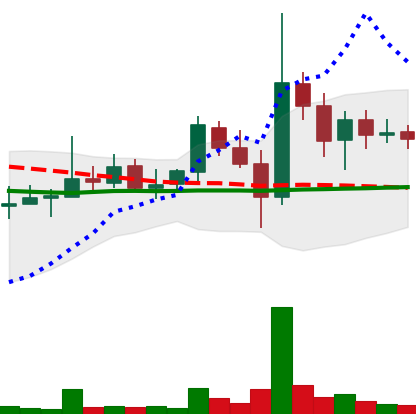
Ticker: DOGE-USD
Chart end date: 2021-11-03
Forward return: 4.808%
Label: up_3_5